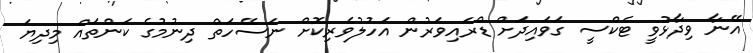
އޭނާ ވިދާޅުވީ ޓެކްސީ ގަވައިދަށް ޑްރައިވަރުން އަހުލުވެރިކޮށް ނަސޭހަތް ދިނުމުގެ ކަންތައް މިދިޔަ